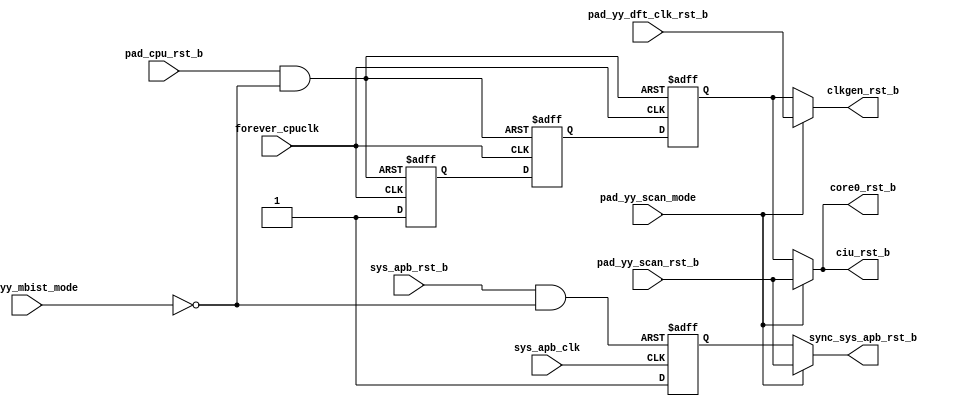
/*Copyright 2020-2021 T-Head Semiconductor Co., Ltd.

Licensed under the Apache License, Version 2.0 (the "License");
you may not use this file except in compliance with the License.
You may obtain a copy of the License at

    http://www.apache.org/licenses/LICENSE-2.0

Unless required by applicable law or agreed to in writing, software
distributed under the License is distributed on an "AS IS" BASIS,
WITHOUT WARRANTIES OR CONDITIONS OF ANY KIND, either express or implied.
See the License for the specific language governing permissions and
limitations under the License.
*/

// &ModuleBeg; @22
module aq_mp_rst_top(
  ciu_rst_b,
  clkgen_rst_b,
  core0_rst_b,
  forever_cpuclk,
  pad_cpu_rst_b,
  pad_yy_dft_clk_rst_b,
  pad_yy_mbist_mode,
  pad_yy_scan_mode,
  pad_yy_scan_rst_b,
  sync_sys_apb_rst_b,
  sys_apb_clk,
  sys_apb_rst_b
);

// &Ports; @23
input        forever_cpuclk;      
input        pad_cpu_rst_b;       
input        pad_yy_dft_clk_rst_b; 
input        pad_yy_mbist_mode;   
input        pad_yy_scan_mode;    
input        pad_yy_scan_rst_b;   
input        sys_apb_clk;         
input        sys_apb_rst_b;       
output       ciu_rst_b;           
output       clkgen_rst_b;        
output       core0_rst_b;         
output       sync_sys_apb_rst_b;  

// &Regs; @24
reg          ciu_rst_ff_1st;      
reg          ciu_rst_ff_2nd;      
reg          ciu_rst_ff_3rd;      
reg          sys_apb_rst_ff_1st;  

// &Wires; @25
wire         async_apb_rst_b;     
wire         async_ciu_rst_b;     
wire         ciu_rst_b;           
wire         clkgen_rst_b;        
wire         core0_rst_b;         
wire         forever_cpuclk;      
wire         pad_cpu_rst_b;       
wire         pad_yy_dft_clk_rst_b; 
wire         pad_yy_mbist_mode;   
wire         pad_yy_scan_mode;    
wire         pad_yy_scan_rst_b;   
wire         sync_sys_apb_rst_b;  
wire         sys_apb_clk;         
wire         sys_apb_rst_b;       


//assign ciu_rre[3:0] = 4'b1;
////cpu reset 
//assign cpu0_rst_b = pad_core0_rst_b & ciu_rre[0] | pad_yy_mbist_mode;
//
//always @(posedge forever_cpuclk or negedge cpu0_rst_b)
//begin
//  if(!cpu0_rst_b)
//  begin
//    cpu0_rst_ff_1st <= 1'b0;
//    cpu0_rst_ff_2nd <= 1'b0;
//    cpu0_rst_ff_3rd <= 1'b0;
//  end
//  else
//  begin
//    cpu0_rst_ff_1st <= 1'b1;
//    cpu0_rst_ff_2nd <= cpu0_rst_ff_1st;
//    cpu0_rst_ff_3rd <= cpu0_rst_ff_2nd;
//  end
//end
//
//assign core0_rst_b =  pad_yy_scan_mode ? pad_yy_scan_rst_b : cpu0_rst_ff_3rd;
//
//
//
//

assign async_ciu_rst_b = pad_cpu_rst_b & !pad_yy_mbist_mode;

always @(posedge forever_cpuclk or negedge async_ciu_rst_b)
begin
  if (!async_ciu_rst_b)
  begin
    ciu_rst_ff_1st <= 1'b0;
    ciu_rst_ff_2nd <= 1'b0;
    ciu_rst_ff_3rd <= 1'b0;
  end
  else
  begin
    ciu_rst_ff_1st <= 1'b1;
    ciu_rst_ff_2nd <= ciu_rst_ff_1st;
    ciu_rst_ff_3rd <= ciu_rst_ff_2nd;
  end
end

assign async_apb_rst_b = sys_apb_rst_b & !pad_yy_mbist_mode;

always @(posedge sys_apb_clk or negedge async_apb_rst_b)
begin
  if (!async_apb_rst_b)
    sys_apb_rst_ff_1st <= 1'b0;
  else
    sys_apb_rst_ff_1st <= 1'b1;
end

// &Force("output","ciu_rst_b"); @149
assign ciu_rst_b   = pad_yy_scan_mode ? pad_yy_scan_rst_b : ciu_rst_ff_3rd;
assign core0_rst_b = ciu_rst_b;

assign sync_sys_apb_rst_b = pad_yy_scan_mode ? pad_yy_scan_rst_b : sys_apb_rst_ff_1st;

assign clkgen_rst_b = pad_yy_scan_mode ? pad_yy_dft_clk_rst_b : ciu_rst_ff_3rd;

//assign jtg_trst_b_bf_flop = async_ciu_rst_b & pad_had_jtg_trst_b ;
//assign trst_b = pad_yy_scan_mode ? pad_yy_scan_rst_b : jtg_trst_b_bf_flop;

// &ModuleEnd; @160
endmodule